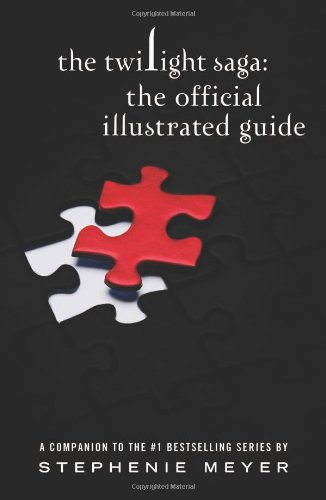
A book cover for The Twilight Saga: The Official Illustrated Guide; Stephenie Meyer; Children's Books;